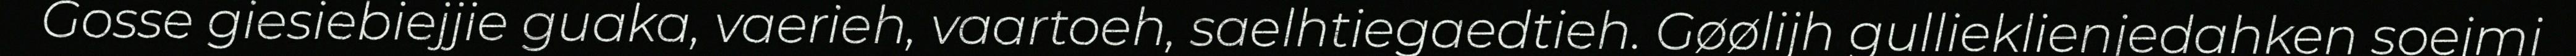
Gosse giesiebiejjie guaka, vaerieh, vaartoeh, saelhtiegaedtieh. Gøølijh gullieklienjedahken soejmi